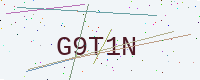
Text: G9T1N